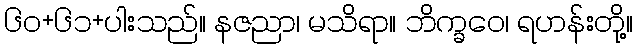
၆၀+၆၁+ပါးသည်။ နဇညာ၊ မသိရာ။ ဘိက္ခဝေ၊ ရဟန်းတို့။